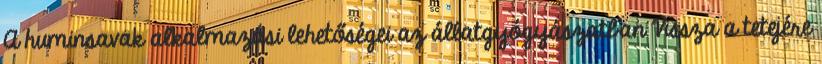
A huminsavak alkalmazási lehetőségei az állatgyógyászatban Vissza a tetejére